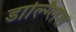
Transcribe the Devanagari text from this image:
डाल्ग्लिश